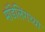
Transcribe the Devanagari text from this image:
मॉडेलिंगच्या